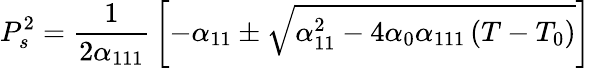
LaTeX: P_{s}^{2}={\frac{1}{2\alpha_{111}}}\left[-\alpha_{11}\pm{\sqrt{\alpha_{11}^{2}-4\alpha_{0}\alpha_{111}\left(T-T_{0}\right)}}\right]